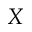
X